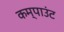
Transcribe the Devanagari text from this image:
कम्पाउंट